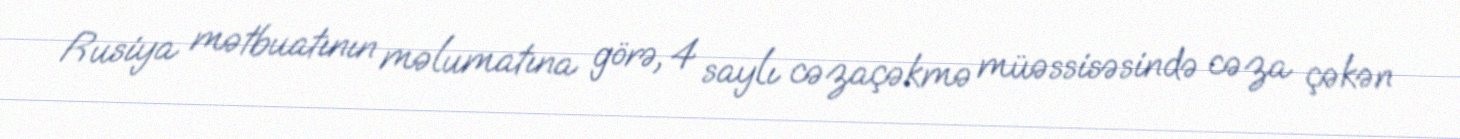
Rusiya mətbuatının məlumatına görə, 4 saylı cəzaçəkmə müəssisəsində cəza çəkən